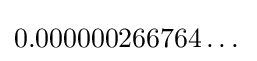
0.000000266764\dots